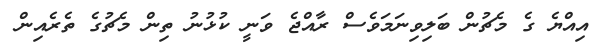
އިއްޔެ ގެ މެޗުން ބަލިވިނަމަވެސް ރާއްޖެ ވަނީ ކުޅުނު ތިން މެޗުގެ ތެރެއިން